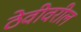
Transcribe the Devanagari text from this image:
ठेवीवरील